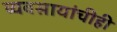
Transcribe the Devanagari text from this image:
व्यवसायांचीही